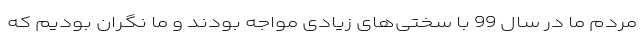
مردم ما در سال 99 با سختی‌های زیادی مواجه بودند و ما نگران بودیم که